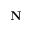
\mathbf { N }